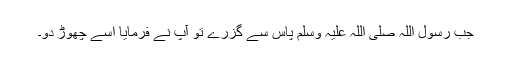
جب رسول اللہ صلی اللہ علیہ وسلم پاس سے گزرے تو آپؐ نے فرمایا اسے چھوڑ دو۔